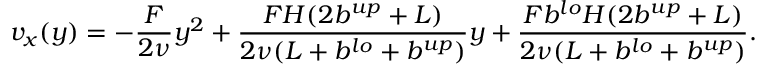
v _ { x } ( y ) = - \frac { F } { 2 \nu } y ^ { 2 } + \frac { F H ( 2 b ^ { u p } + L ) } { 2 \nu ( L + b ^ { l o } + b ^ { u p } ) } y + \frac { F b ^ { l o } H ( 2 b ^ { u p } + L ) } { 2 \nu ( L + b ^ { l o } + b ^ { u p } ) } .